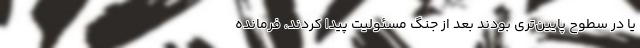
یا در سطوح پایین‌تری بودند بعد از جنگ مسئولیت پیدا کردند، فرمانده